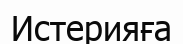
Истерияға